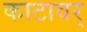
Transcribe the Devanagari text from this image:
काटावर्